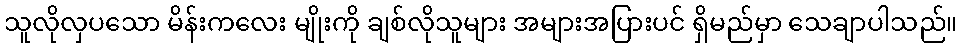
သူလိုလှပသော မိန်းကလေး မျိုးကို ချစ်လိုသူများ အများအပြားပင် ရှိမည်မှာ သေချာပါသည်။